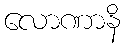
လောဏာနိ